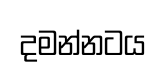
දමන්නටය